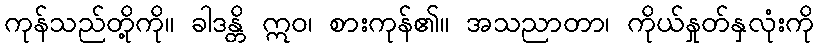
ကုန်သည်တို့ကို။ ခါဒန္တိ ဣဝ၊ စားကုန်၏။ အသညာတာ၊ ကိုယ်နှုတ်နှလုံးကို